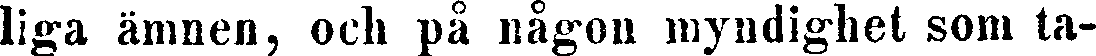
liga ämnen, och på någon myndighet som ta-